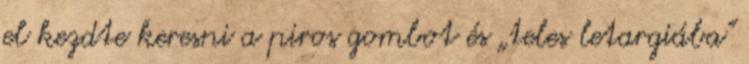
el kezdte keresni a piros gombot és „teles letargiába”